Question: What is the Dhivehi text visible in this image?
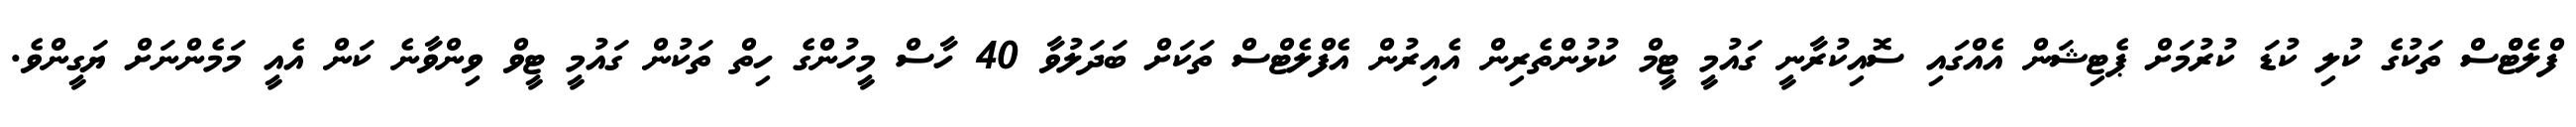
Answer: ފްލެޓްްސް ތަކުގެ ކުލި ކުޑަ ކުރުމަށް ޕެޓިޝަން އެއްގައި ސޮއިކުރާނީ ގައުމީ ޓީމް ކުޅުންތެރިން އެއިރުން އެފްލެޓްސް ތަކަށް ބަދަލުވާ 40 ހާސް މީހުންގެ ހިތް ތަކުން ގައުމީ ޓީވް ވިންވާނެ ކަން އެއީ މަމެންނަށް ޔަގީންވެ.